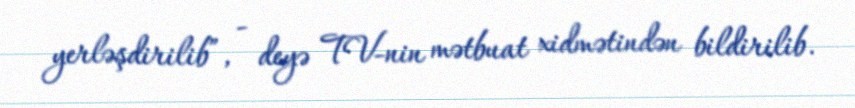
yerləşdirilib”, - deyə TV-nin mətbuat xidmətindən bildirilib.